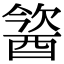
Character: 𨡢